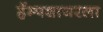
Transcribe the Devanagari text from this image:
हॅम्पशायरला